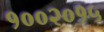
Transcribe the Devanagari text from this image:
१००२०१५